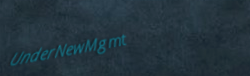
UnderNewMgmt